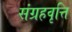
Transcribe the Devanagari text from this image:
संग्रहवृत्ति